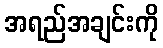
အရည်အချင်းကို